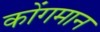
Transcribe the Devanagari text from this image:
कोंगमान